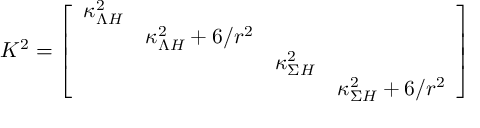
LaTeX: { \cal K } ^ { 2 } = \left[ \begin{array} { c c c c } { { \kappa _ { \Lambda H } ^ { 2 } } } & { { } } & { { } } & { { } } \\ { { } } & { { \kappa _ { \Lambda H } ^ { 2 } + 6 / r ^ { 2 } } } & { { } } & { { } } \\ { { } } & { { } } & { { \kappa _ { \Sigma H } ^ { 2 } } } & { { } } \\ { { } } & { { } } & { { } } & { { \kappa _ { \Sigma H } ^ { 2 } + 6 / r ^ { 2 } } } \end{array} \right]